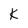
Character: k